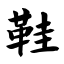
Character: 鞋